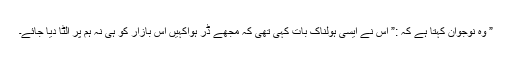
” وہ نوجوان کہتا ہے کہ :” اس نے ایسی ہولناک بات کہی تھی کہ مجھے ڈر ہواکہیں اس بازار کو ہی نہ ہم پر الٹا دیا جائے۔